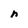
Character: n